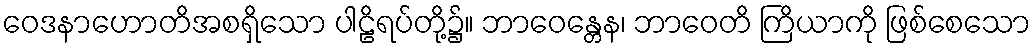
ဝေဒနာဟောတိအစရှိသော ပါဠိရပ်တို့၌။ ဘာဝေန္တေန၊ ဘာဝေတိ ကြိယာကို ဖြစ်စေသော